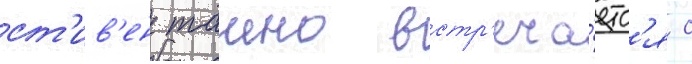
ст'ив'ен таино встр'еча́етс'я с